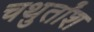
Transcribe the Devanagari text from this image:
चथुर्तांश